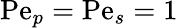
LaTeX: \mathrm{Pe}_{p}=\mathrm{Pe}_{s}=1